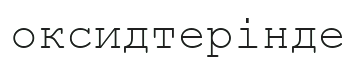
оксидтерінде